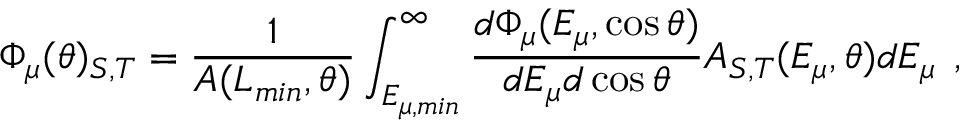
\Phi _ { \mu } ( \theta ) _ { S , T } = \frac { 1 } { A ( L _ { m i n } , \theta ) } \int _ { E _ { \mu , m i n } } ^ { \infty } \frac { d \Phi _ { \mu } ( E _ { \mu } , \cos \theta ) } { d E _ { \mu } d \cos \theta } A _ { S , T } ( E _ { \mu } , \theta ) d E _ { \mu } \, \; ,